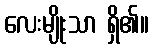
လေးမျိုးသာ ရှိ၏။